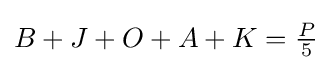
{\textstyle B+J+O+A+K={\frac {P}{5}}}